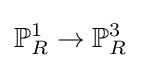
\mathbb {P} _{R}^{1}\to \mathbb {P} _{R}^{3}